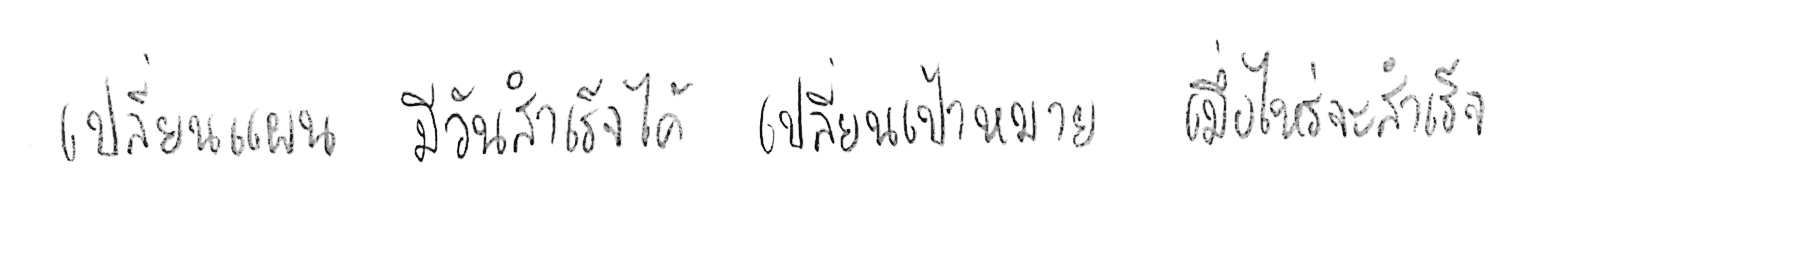
เปลี่ยนแผน มีวันสำเร็จได้ เปลี่ยนเป้าหมาย เมื่อไหร่จะสำเร็จ